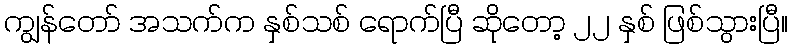
ကျွန်တော် အသက်က နှစ်သစ် ရောက်ပြီ ဆိုတော့ ၂၂ နှစ် ဖြစ်သွားပြီ။